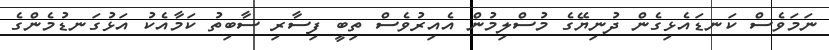
ނަމަވެސް ކަނޑައެޅިގެން ދުނިޔޭގެ މުސްލިމުން އެއިރުވެސް ތިބީ ފިސާރި ސާބިތު ކަމާއެކު އަޅުގަނޑުމެންގެ